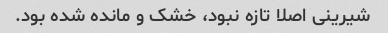
شیرینی اصلا تازه نبود، خشک و مانده شده بود.